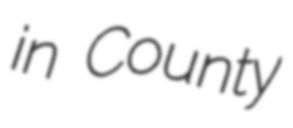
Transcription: in County